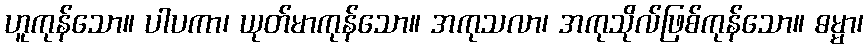
ဟူကုန်သော။ ပါပကာ၊ ယုတ်မာကုန်သော။ အကုသလာ၊ အကုသိုလ်ဖြစ်ကုန်သော။ ဓမ္မာ၊